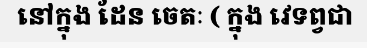
នៅក្នុង ដែន ចេតៈ ( ក្នុង វេទព្វជា